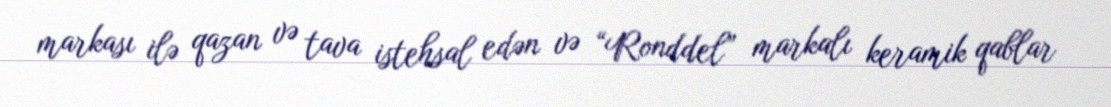
markası ilə qazan və tava istehsal edən və “Ronddel” markalı keramik qablar